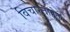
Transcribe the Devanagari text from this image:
विचारताहेत